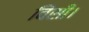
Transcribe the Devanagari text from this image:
विंसी।